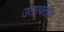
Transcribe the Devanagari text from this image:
उतरवतील